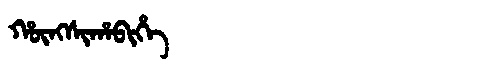
Manchu: ᡥᡡᠩᠰᡳᡥᠠᠪᡳᡥᡝ
Romanization: HŪNGSIHABIHE